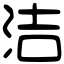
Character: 洁